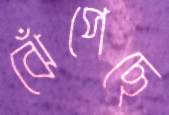
ঝেঁপেছে